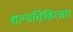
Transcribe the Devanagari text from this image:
शल्यचिकित्सा।